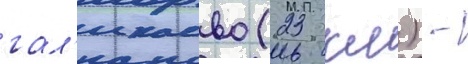
гал'икаево (23 км) -